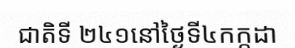
ជាតិទី ២៤១នៅថ្ងៃទី៤កក្កដា